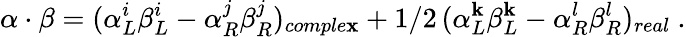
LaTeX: \alpha\cdot\beta=(\alpha_{L}^{i}\beta_{L}^{i}-\alpha_{R}^{j}\beta_{R}^{j})_{comple\mathbf{x}}+1/2\, (\alpha_{L}^{\mathbf{k}}\beta_{L}^{\mathbf{k}}-\alpha_{R}^{l}\beta_{R}^{l})_{real}\ .